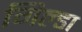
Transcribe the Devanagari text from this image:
गिल्डा